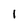
Character: I